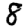
Digit: 8